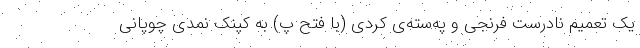
یک تعمیم نادرست فرنجی و په‌سته‌ی کردی (با فتح پ) به کپنک نمدی چوپانی